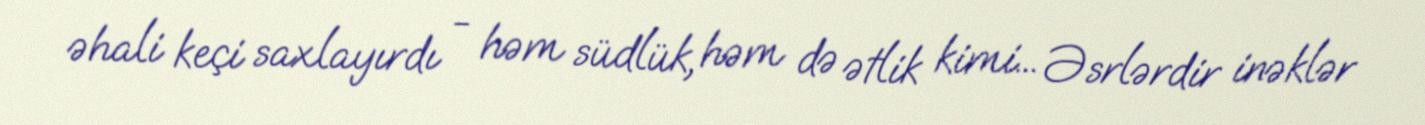
əhali keçi saxlayırdı - həm südlük, həm də ətlik kimi... Əsrlərdir inəklər